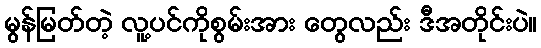
မွန်မြတ်တဲ့ လူ့ပင်ကိုစွမ်းအား တွေလည်း ဒီအတိုင်းပဲ။